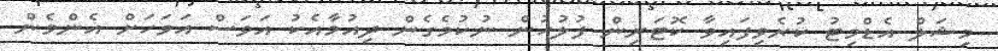
މިޝަލް އެޑްމިޓު ކުރެވިފައިވާ ކޮޓަރިން ފުލުހުން ނުކުމެގެން ދިއުމާއެކު އަވަސް އަވަހަށް އެންމެން